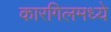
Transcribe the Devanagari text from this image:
कारगिलमध्ये